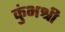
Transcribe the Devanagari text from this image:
कुंभश्री